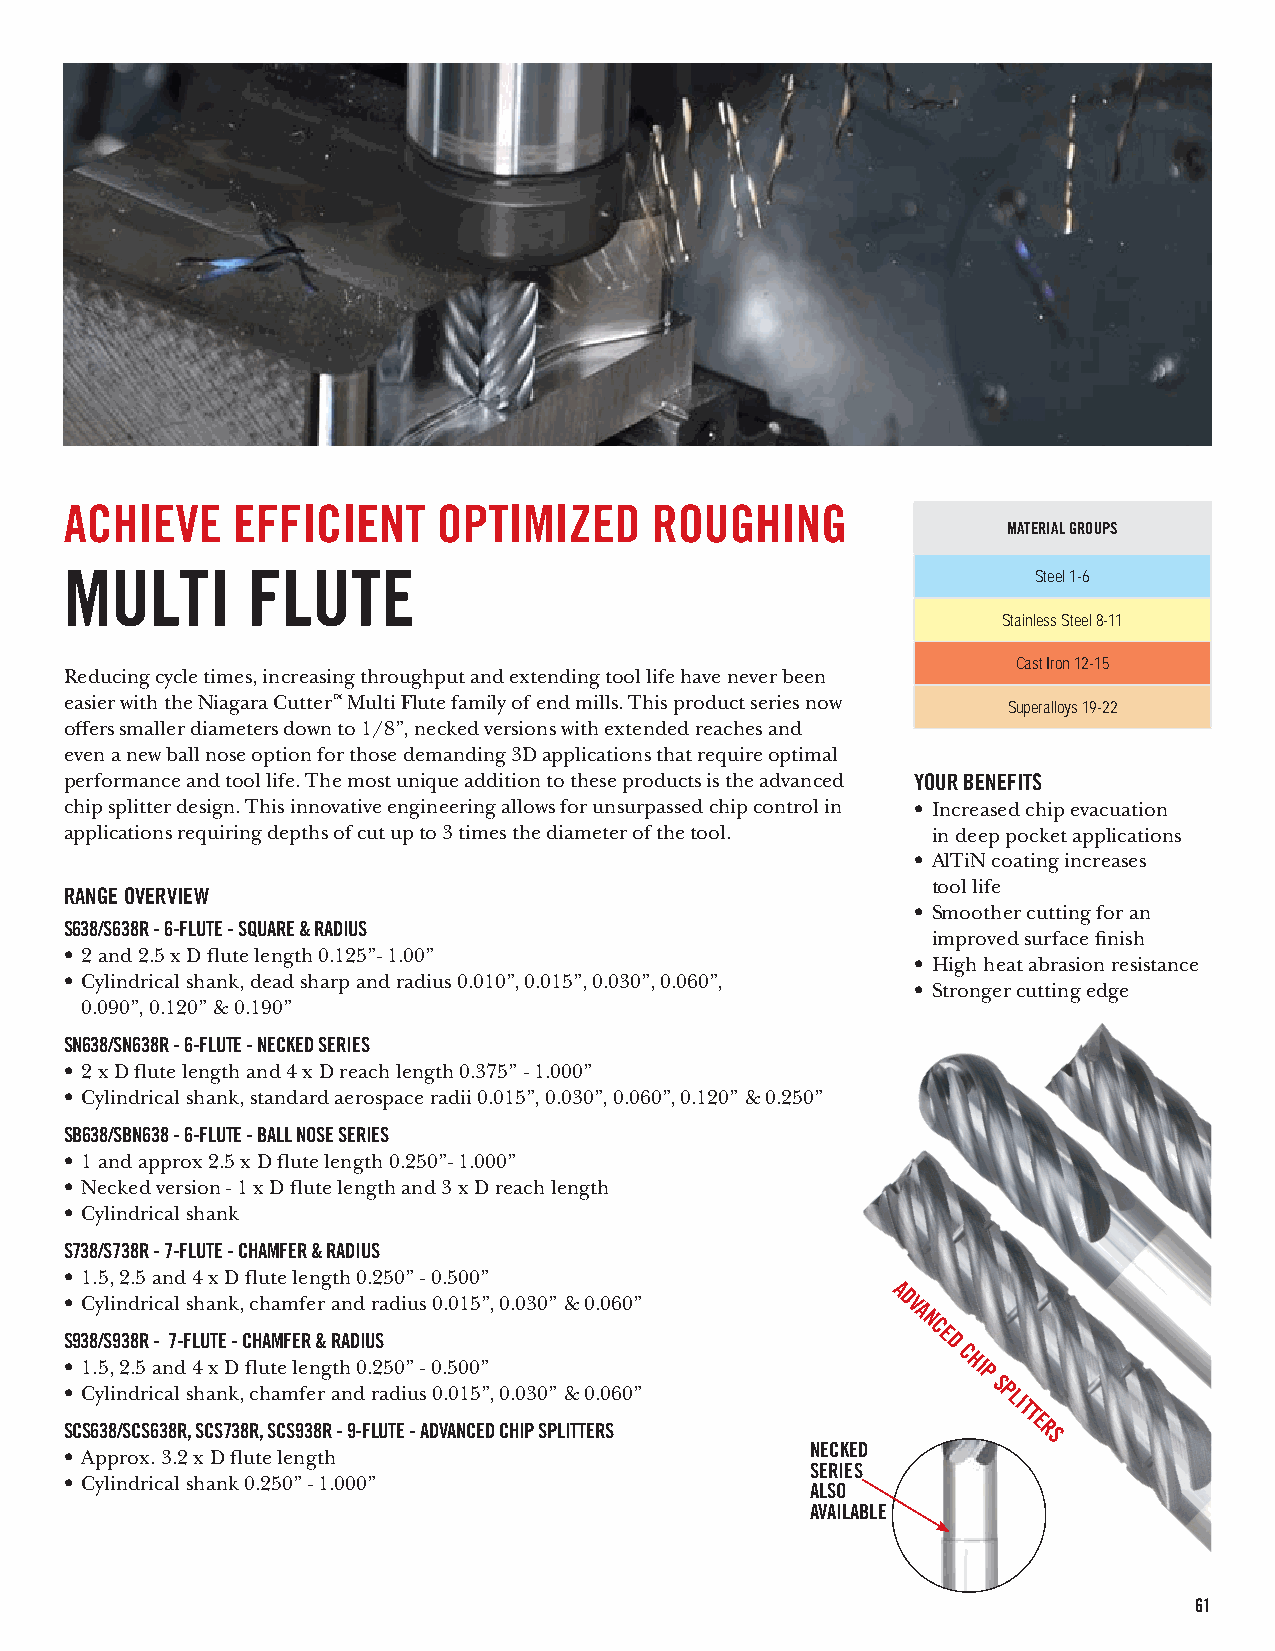
ACHIEVE    EFFICIENT     OPTIMIZED     ROUGHING
 MATERIAL GROUPS
 MULTI       FLUTE                                                Steel 1-6
 Stainless Steel 8-11
 Cast Iron 12-15
 Reducing cycle times, increasing throughput and extending tool life have never been
 easier with the Niagara Cutter™ Multi Flute family of end mills. This product series now
 Superalloys 19-22
 offers smaller diameters down to 1/8”, necked versions with extended reaches and
 even a new ball nose option for those demanding 3D applications that require optimal
 performance and tool life. The most unique addition to these products is the advanced YOUR BENEFITS
 chip splitter design. This innovative engineering allows for unsurpassed chip control in • Increased chip evacuation
 applications requiring depths of cut up to 3 times the diameter of the tool. in deep pocket applications
 • AlTiN coating increases
 tool life
 RANGE OVERVIEW
 • Smoother cutting for an
 S638/S638R - 6-FLUTE - SQUARE & RADIUS
 improved surface finish
 • 2 and 2.5 x D flute length 0.125”- 1.00”
 • High heat abrasion resistance
 • Cylindrical shank, dead sharp and radius 0.010”, 0.015”, 0.030”, 0.060”,
 • Stronger cutting edge
 0.090”, 0.120” & 0.190”
 SN638/SN638R - 6-FLUTE - NECKED SERIES
 • 2 x D flute length and 4 x D reach length 0.375” - 1.000”
 • Cylindrical shank, standard aerospace radii 0.015”, 0.030”, 0.060”, 0.120” & 0.250”
 SB638/SBN638 - 6-FLUTE - BALL NOSE SERIES
 • 1 and approx 2.5 x D flute length 0.250”- 1.000”
 • Necked version - 1 x D flute length and 3 x D reach length
 • Cylindrical shank
 S738/S738R - 7-FLUTE - CHAMFER & RADIUS
 • 1.5, 2.5 and 4 x D flute length 0.250” - 0.500”
 A
 • Cylindrical shank, chamfer and radius 0.015”, 0.030” & 0.060” D V
 A
 N
 C
 S938/S938R - 7-FLUTE - CHAMFER & RADIUS                   E D
 C
 • 1.5, 2.5 and 4 x D flute length 0.250” - 0.500”           HI
 P
 • Cylindrical shank, chamfer and radius 0.015”, 0.030” & 0.060” S PLITT
 SCS638/SCS638R, SCS738R, SCS938R - 9-FLUTE - ADVANCED CHIP SPLITTERS E R
 S
 NECKED
 • Approx. 3.2 x D flute length
 SERIES
 • Cylindrical shank 0.250” - 1.000”
 ALSO
 AVAILABLE
 61